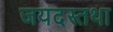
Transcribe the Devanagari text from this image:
जयदस्तथा